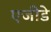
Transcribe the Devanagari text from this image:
एजीडे